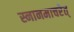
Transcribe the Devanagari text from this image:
स्नानमाचरेत्